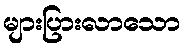
များပြားလာသော